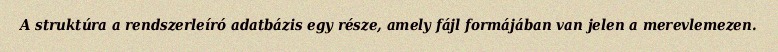
A struktúra a rendszerleíró adatbázis egy része, amely fájl formájában van jelen a merevlemezen.